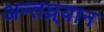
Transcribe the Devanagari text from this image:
अन्तघ्र्यान